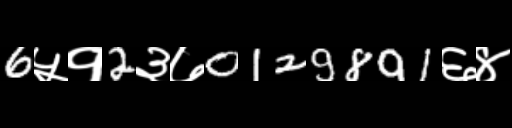
Text: 6५१2३७0129891६४